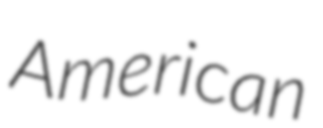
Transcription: American